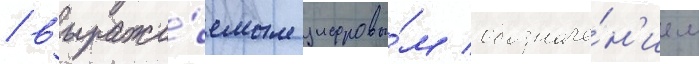
/ выража́емым цифровы́м обозначе́н'ием